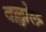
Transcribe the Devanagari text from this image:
दल्लोल